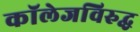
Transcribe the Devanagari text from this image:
कॉलेजविरुद्ध